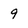
Character: 9